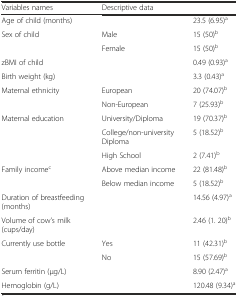
| Variables names | <COLSPAN=2> Descriptive data |
 | --- | --- | --- |
 | Age of child (months) |  | 23.5 (6.95)a |
 | <ROWSPAN=2> Sex of child | Male | 15 (50)b |
 | Female | 15 (50)b |
 | zBMI of child |  | 0.49 (0.93)a |
 | Birth weight (kg) |  | 3.3 (0.43)a |
 | <ROWSPAN=2> Maternal ethnicity | European | 20 (74.07)b |
 | Non-European | 7 (25.93)b |
 | <ROWSPAN=3> Maternal education | University/Diploma | 19 (70.37)b |
 | College/non-university Diploma | 5 (18.52)b |
 | High School | 2 (7.41)b |
 | <ROWSPAN=2> Family incomec | Above median income | 22 (81.48)b |
 | Below median income | 5 (18.52)b |
 | Duration of breastfeeding (months) |  | 14.56 (4.97)a |
 | Volume of cow’s milk (cups/day) |  | 2.46 (1. 20)b |
 | <ROWSPAN=2> Currently use bottle | Yes | 11 (42.31)b |
 | No | 15 (57.69)b |
 | Serum ferritin (μg/L) |  | 8.90 (2.47)a |
 | Hemoglobin (g/L) |  | 120.48 (9.34)a |